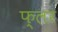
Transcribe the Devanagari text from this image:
फ्लर